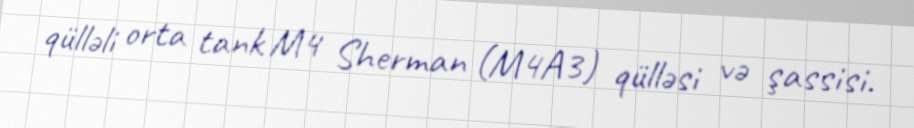
qülləli orta tank M4 Sherman (M4A3) qülləsi və şassisi.